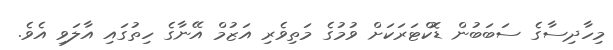
މިހާދިސާގެ ސަބަބުން ޑޮކްޓަރަކަށް ވުމުގެ މަތިވެރި އަޒުމް އޭނާގެ ހިތުގައި އާލަވި އެވެ.